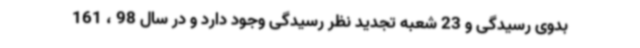
بدوی رسیدگی و 23 شعبه تجدید نظر رسیدگی وجود دارد و در سال 98 ، 161